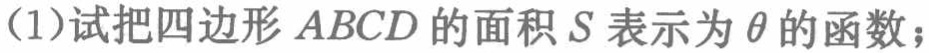
(1)试把四边形\(ABCD\)的面积\(S\)表示为\(\theta\)的函数；